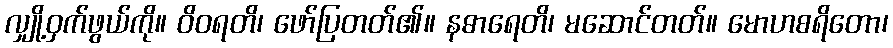
လျှို့ဝှက်ဖွယ်ကို။ ဝိဝရတိ၊ ဖော်ပြတတ်၏။ နဓာရေတိ၊ မဆောင်တတ်။ မောဟစရိတော၊